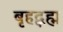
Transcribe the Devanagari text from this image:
बृहद्ब्रह्म